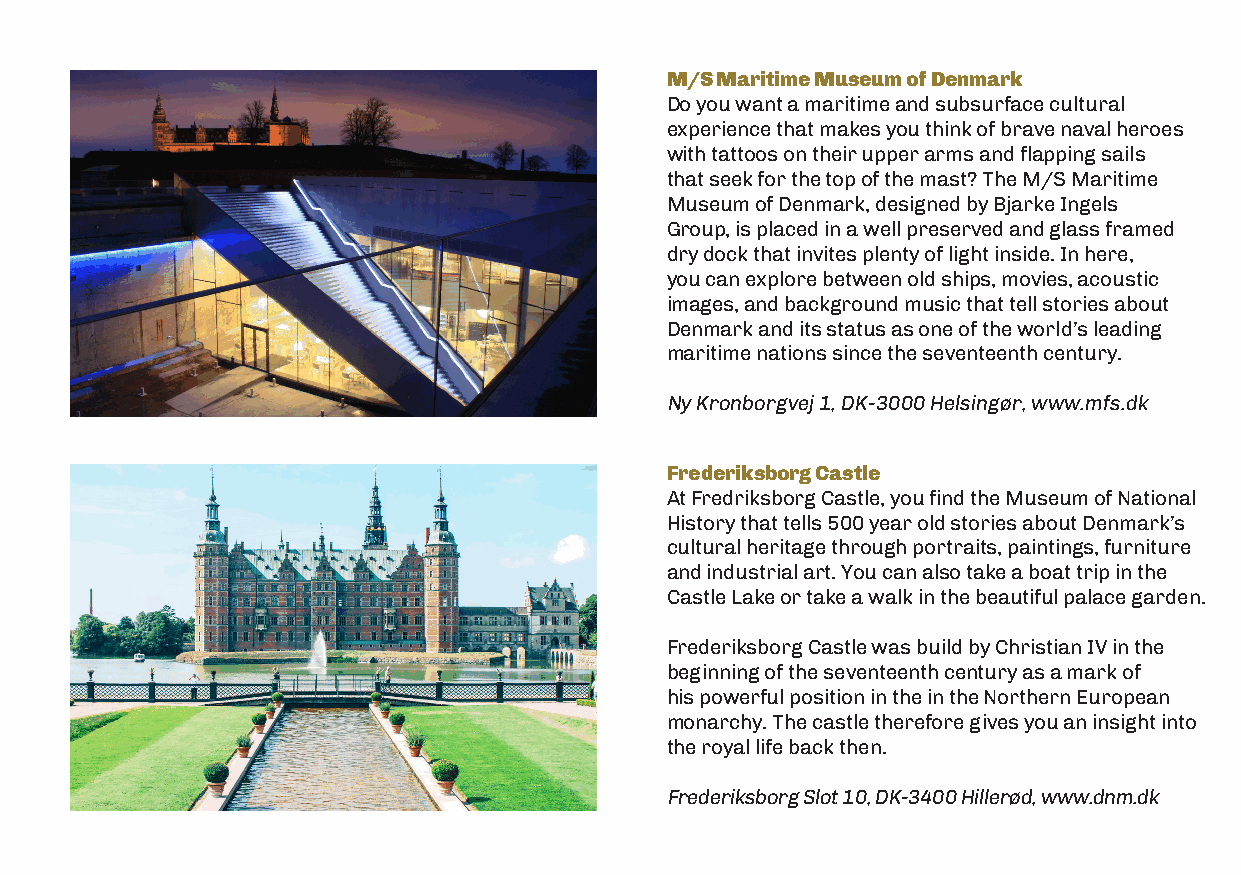
M/S Maritime Museum of Denmark
 Do you want a maritime and subsurface cultural
 experience that makes you think of brave naval heroes
 with tattoos on their upper arms and flapping sails
 that seek for the top of the mast? The M/S Maritime
 Museum of Denmark, designed by Bjarke Ingels
 Group, is placed in a well preserved and glass framed
 dry dock that invites plenty of light inside. In here,
 you can explore between old ships, movies, acoustic
 images, and background music that tell stories about
 Denmark and its status as one of the world’s leading
 maritime nations since the seventeenth century.
 Ny Kronborgvej 1, DK-3000 Helsingør, www.mfs.dk
 Frederiksborg Castle
 At Fredriksborg Castle, you find the Museum of National
 History that tells 500 year old stories about Denmark’s
 cultural heritage through portraits, paintings, furniture
 and industrial art. You can also take a boat trip in the
 Castle Lake or take a walk in the beautiful palace garden.
 Frederiksborg Castle was build by Christian IV in the
 beginning of the seventeenth century as a mark of
 his powerful position in the in the Northern European
 monarchy. The castle therefore gives you an insight into
 the royal life back then.
 Frederiksborg Slot 10, DK-3400 Hillerød, www.dnm.dk